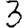
Digit: 3